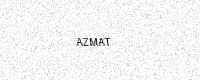
Text: AZMAT